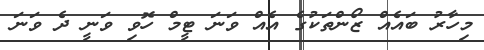
މިހާރު ބައެއް ޒޯންތަކުގެ އެއް ވަނަ ޓީމް ހޮވި ވަނީ ދެ ވަނަ